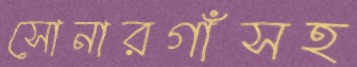
সোনারগাঁসহ